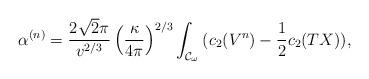
LaTeX: \begin{align*}\alpha^{(n)}=\frac{2\sqrt{2}\pi}{v^{2/3}}\left(\frac{\kappa}{4\pi}\right)^{2/3}\int_{{\cal{C}}_{\omega}}{(c_{2}(V^{n})-\frac{1}{2}c_{2}(TX))},\end{align*}